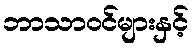
ဘာသာဝင်များနှင့်